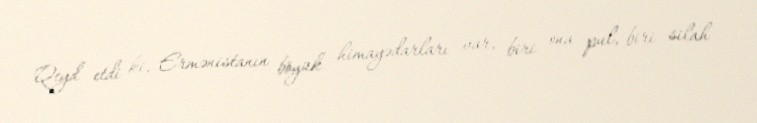
Qeyd etdi ki, Ermənistanın böyük himayədarları var, biri ona pul, biri silah